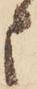
申